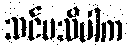
သင်မသိပါက